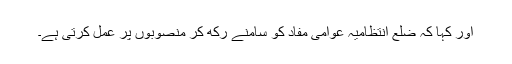
اور کہا کہ ضلع انتظامیہ عوامی مفاد کو سامنے رکھ کر منصوبوں پر عمل کرتی ہے۔